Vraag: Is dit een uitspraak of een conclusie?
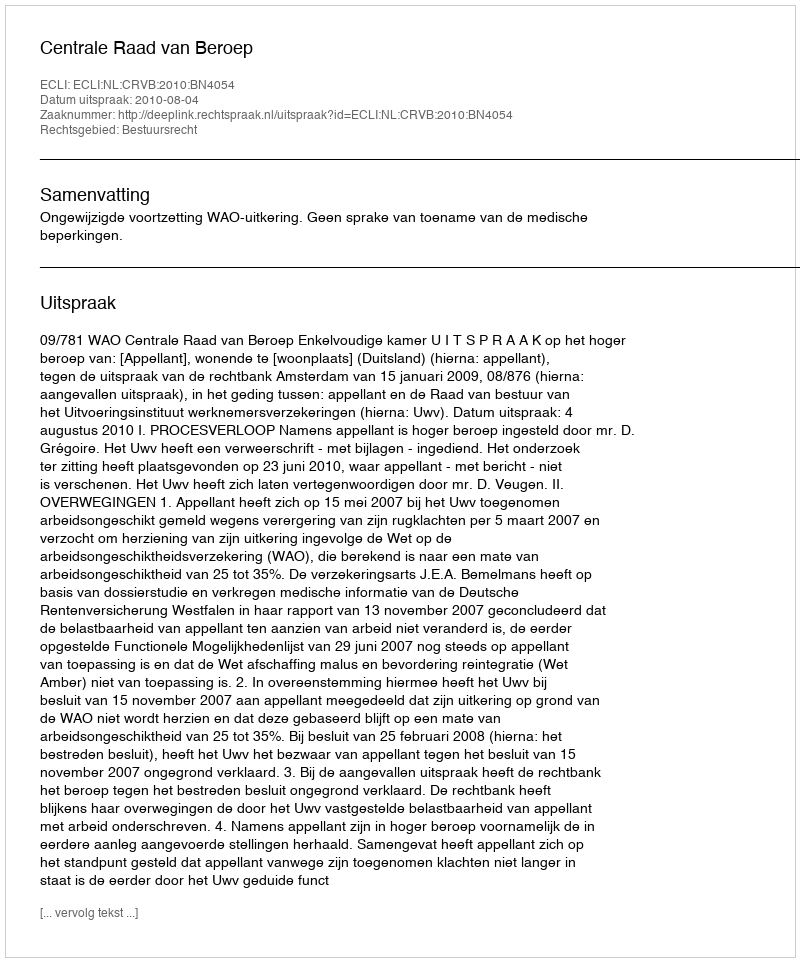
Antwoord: Uitspraak